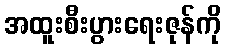
အထူးစီးပွားရေးဇုန်ကို